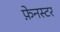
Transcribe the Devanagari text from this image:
फ़ेनस्टर